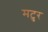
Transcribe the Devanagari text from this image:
मटुर